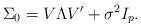
LaTeX: \begin{align*} \Sigma_0 = V\Lambda V' +\sigma^2 I_p.\end{align*}